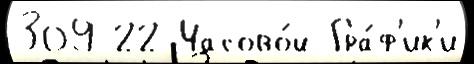
309 22 Часово́й Гра́ф'ик'и